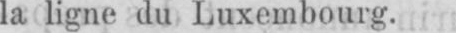
la ligne du Luxembourg.